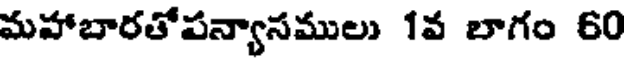
మహాబారతోపన్యాసములు 1వ లాగం 60